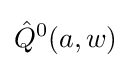
{\hat {Q}}^{0}(a,w)